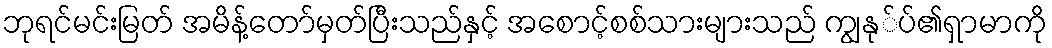
ဘုရင်မင်းမြတ် အမိန့်တော်မှတ်ပြီးသည်နှင့် အစောင့်စစ်သားများသည် ကျွနု်ပ်၏ရှာမာကို